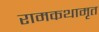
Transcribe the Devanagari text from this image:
रामकथामृत